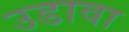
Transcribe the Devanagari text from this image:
उडावा